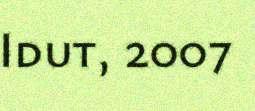
Idut, 2007